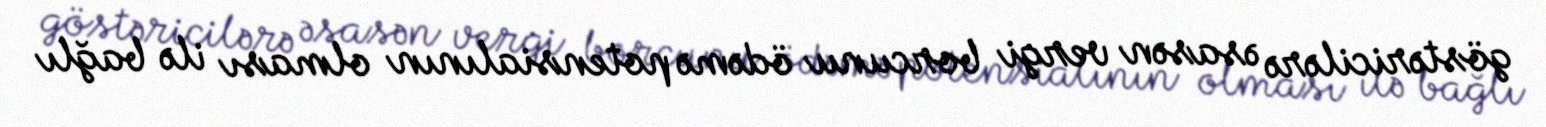
göstəricilərə əsasən vergi borcunu ödəmə potensialının olması ilə bağlı